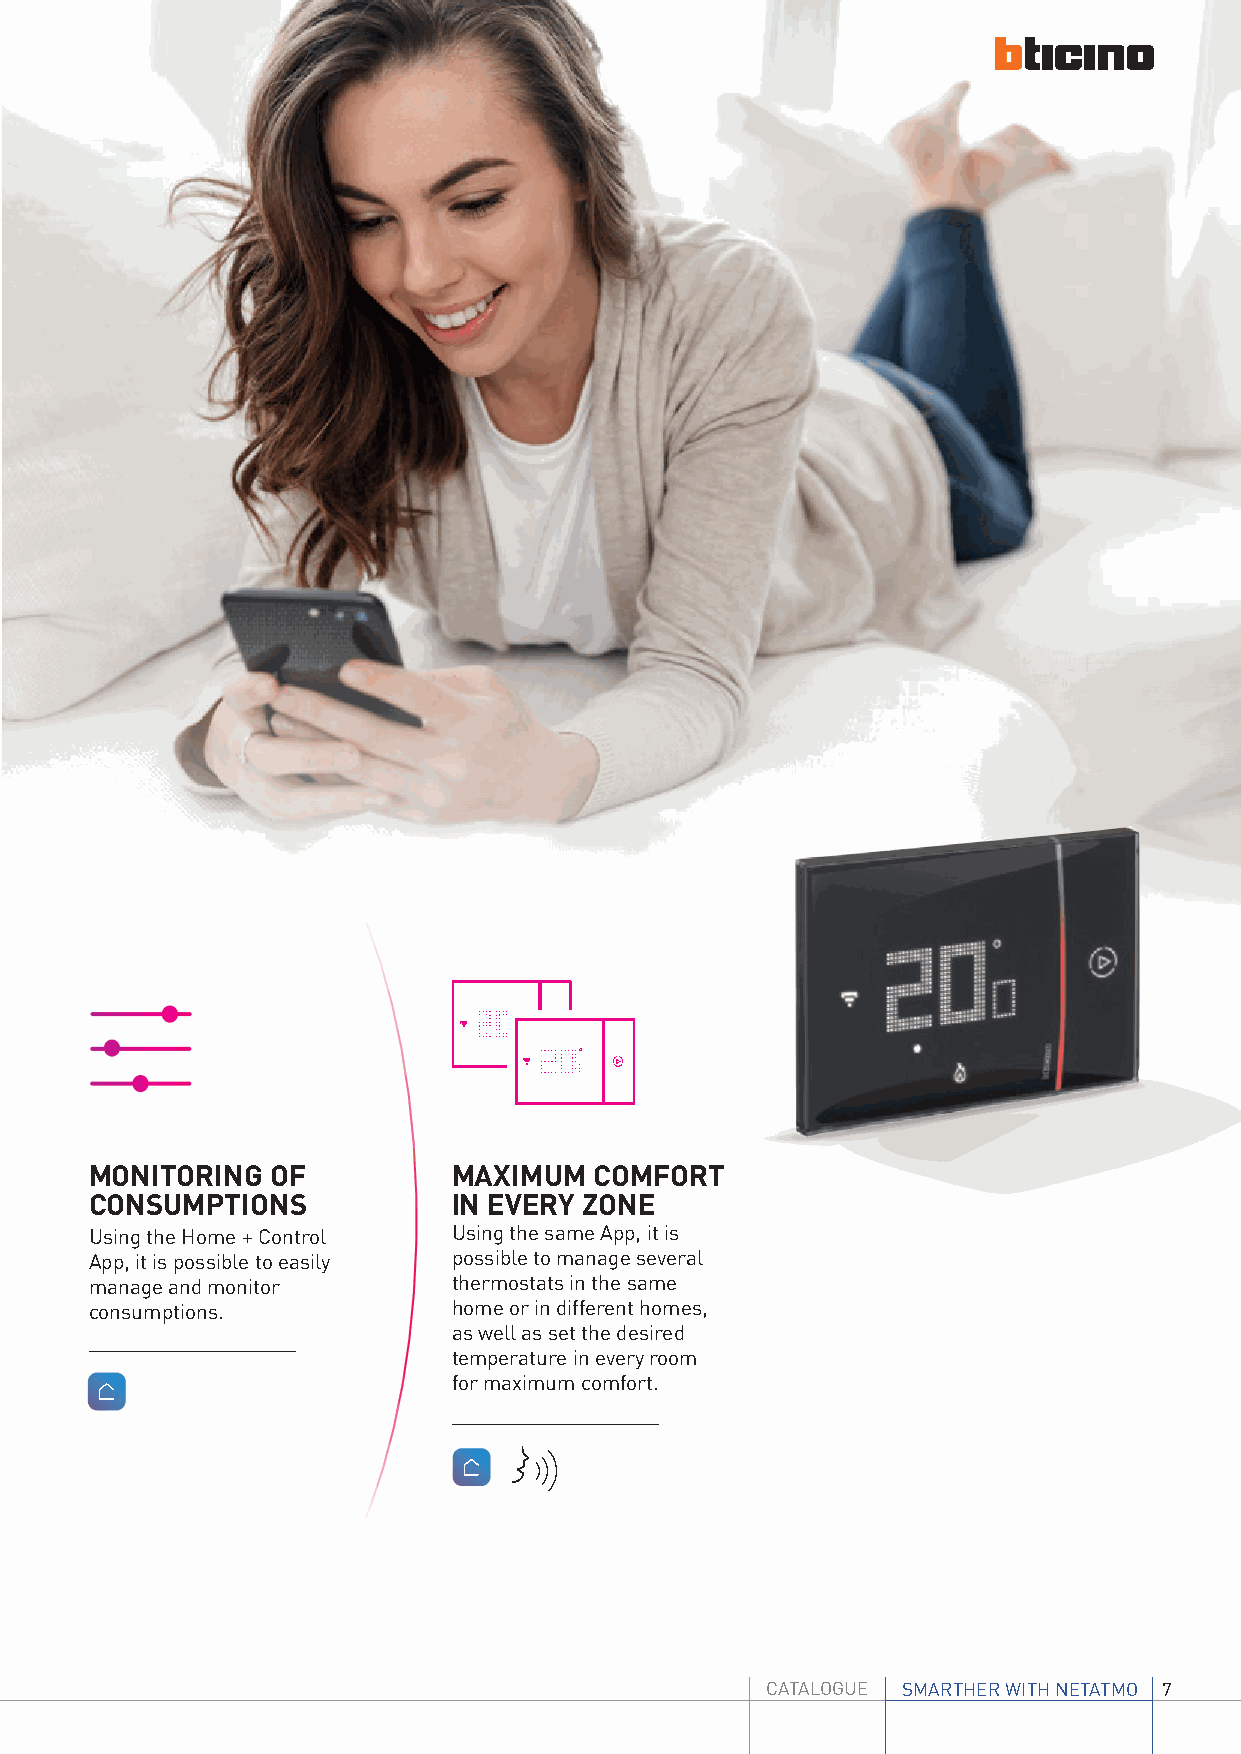
MONITORING  OF          MAXIMUM  COMFORT
 CONSUMPTIONS            IN EVERY ZONE
 Using the Home + Control Using the same App, it is
 App, it is possible to easily possible to manage several
 manage and monitor      thermostats in the same
 consumptions.           home or in different homes,
 as well as set the desired
 temperature in every room
 for maximum comfort.
 CATALOGUE SMARTHER WITH NETATMO 7